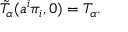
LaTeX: \tilde { T } _ { \alpha } ( a ^ { i } \pi _ { i } , 0 ) = T _ { \alpha } .